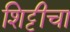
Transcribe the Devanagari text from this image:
शिट्टीचा